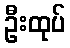
ဦးထုပ်